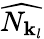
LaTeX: \widehat{N_{{\mathbf{k}}_{l}}}